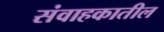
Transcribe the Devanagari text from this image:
संवाहकातील